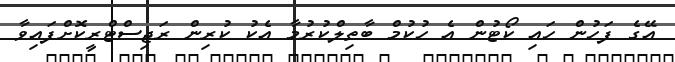
އޭގެ ފަހުން ހައި ކޯޓުން އެ ހުކުމް ބާތިލްކުރުމާ އެކު ކުރިން ރަޖިސްޓްރީކޮށްފައިވާ